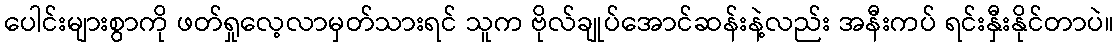
ပေါင်းများစွာကို ဖတ်ရှုလေ့လာမှတ်သားရင် သူက ဗိုလ်ချုပ်အောင်ဆန်းနဲ့လည်း အနီးကပ် ရင်းနှီးနိုင်တာပဲ။